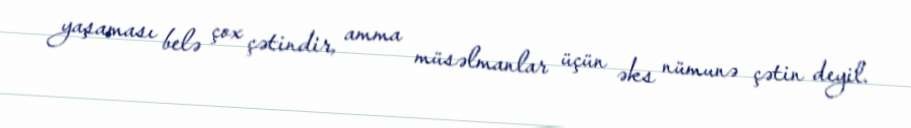
yaşaması belə çox çətindir, amma müsəlmanlar üçün əks nümunə çətin deyil.